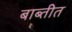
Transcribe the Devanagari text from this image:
बाब्तीत